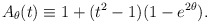
\begin{align*}A_{\theta}(t) \equiv 1+(t^{2}-1)(1-e^{2\theta}).\end{align*}